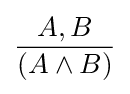
{\frac {A,B}{(A\land B)}}